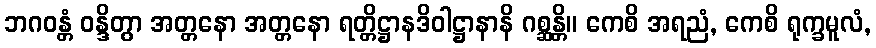
ဘဂဝန္တံ ဝန္ဒိတွာ အတ္တနော အတ္တနော ရတ္တိဋ္ဌာနဒိဝါဋ္ဌာနာနိ ဂစ္ဆန္တိ။ ကေစိ အရညံ, ကေစိ ရုက္ခမူလံ,